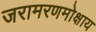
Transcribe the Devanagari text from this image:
जरामरणमोक्षाय